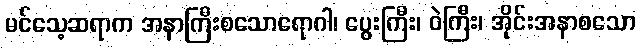
မင်သေ့ဆရာက အနာကြီးစသောရောဂါ၊ ပွေးကြီး၊ ဝဲကြီး၊ အိုင်းအနာစသော